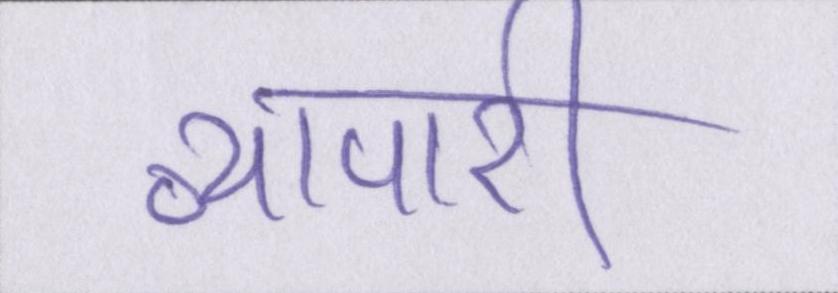
व्यापारी